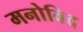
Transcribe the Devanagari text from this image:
मनोविद